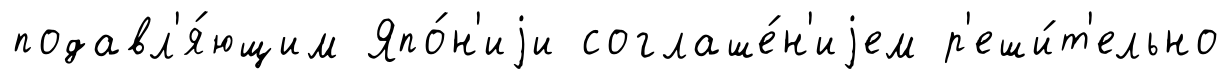
подавл'я́ющим Япо́н'иjи соглаше́н'иjем р'еши́т'ельно